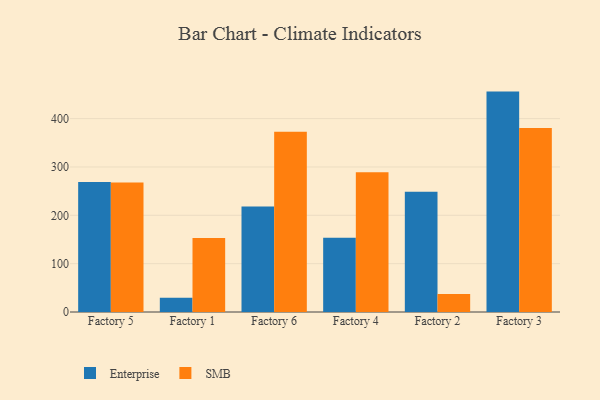
{"axis": {"x": "Factory", "y": "Energy Usage (MWh)"}, "legend": ["Enterprise", "SMB"], "data": [{"x": "Factory 5", "y": 268.8, "type": "Enterprise"}, {"x": "Factory 5", "y": 268.0, "type": "SMB"}, {"x": "Factory 1", "y": 29.4, "type": "Enterprise"}, {"x": "Factory 1", "y": 153.0, "type": "SMB"}, {"x": "Factory 6", "y": 218.4, "type": "Enterprise"}, {"x": "Factory 6", "y": 372.7, "type": "SMB"}, {"x": "Factory 4", "y": 153.4, "type": "Enterprise"}, {"x": "Factory 4", "y": 289.1, "type": "SMB"}, {"x": "Factory 2", "y": 248.9, "type": "Enterprise"}, {"x": "Factory 2", "y": 37.3, "type": "SMB"}, {"x": "Factory 3", "y": 455.9, "type": "Enterprise"}, {"x": "Factory 3", "y": 380.4, "type": "SMB"}]}